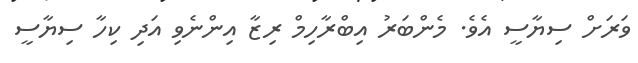
ވަރަށް ސިޔާސީ އެވެ. މެންބަރު އިބްރާހިމް ރިޒާ އިންނެވި އަދި ކިހާ ސިޔާސީ